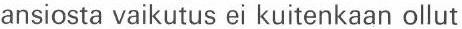
ansiosta vaikutus ei kuitenkaan ollut